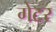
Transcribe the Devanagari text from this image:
गेटर